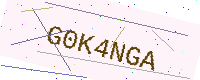
Text: G0K4NGA